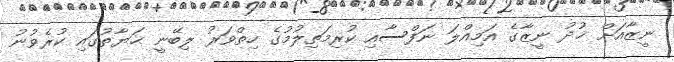
ނީޒާއަށް ޚުދު ނީޒާގެ އަމިއްލަ ނަފްސާއި ކުރިމަތިލުމުގެ ހިތްވަރު ލިބޭނީ ޙަޔާތުގައި ކުރެވުނު